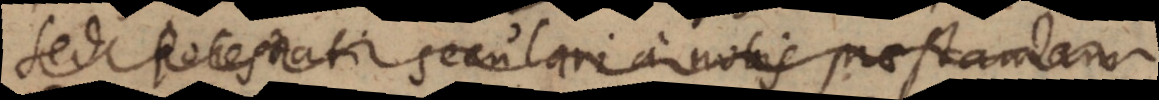
sed potestati seculari a nobis praestandam